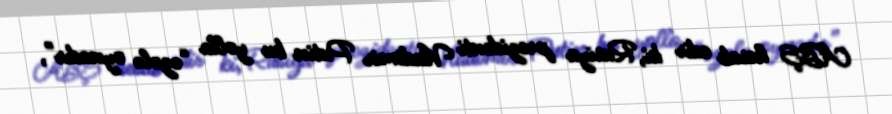
ABŞ hesab edir ki, Rusiya prezidenti Vladimir Putin bu yolla “əzələ oynadır”,